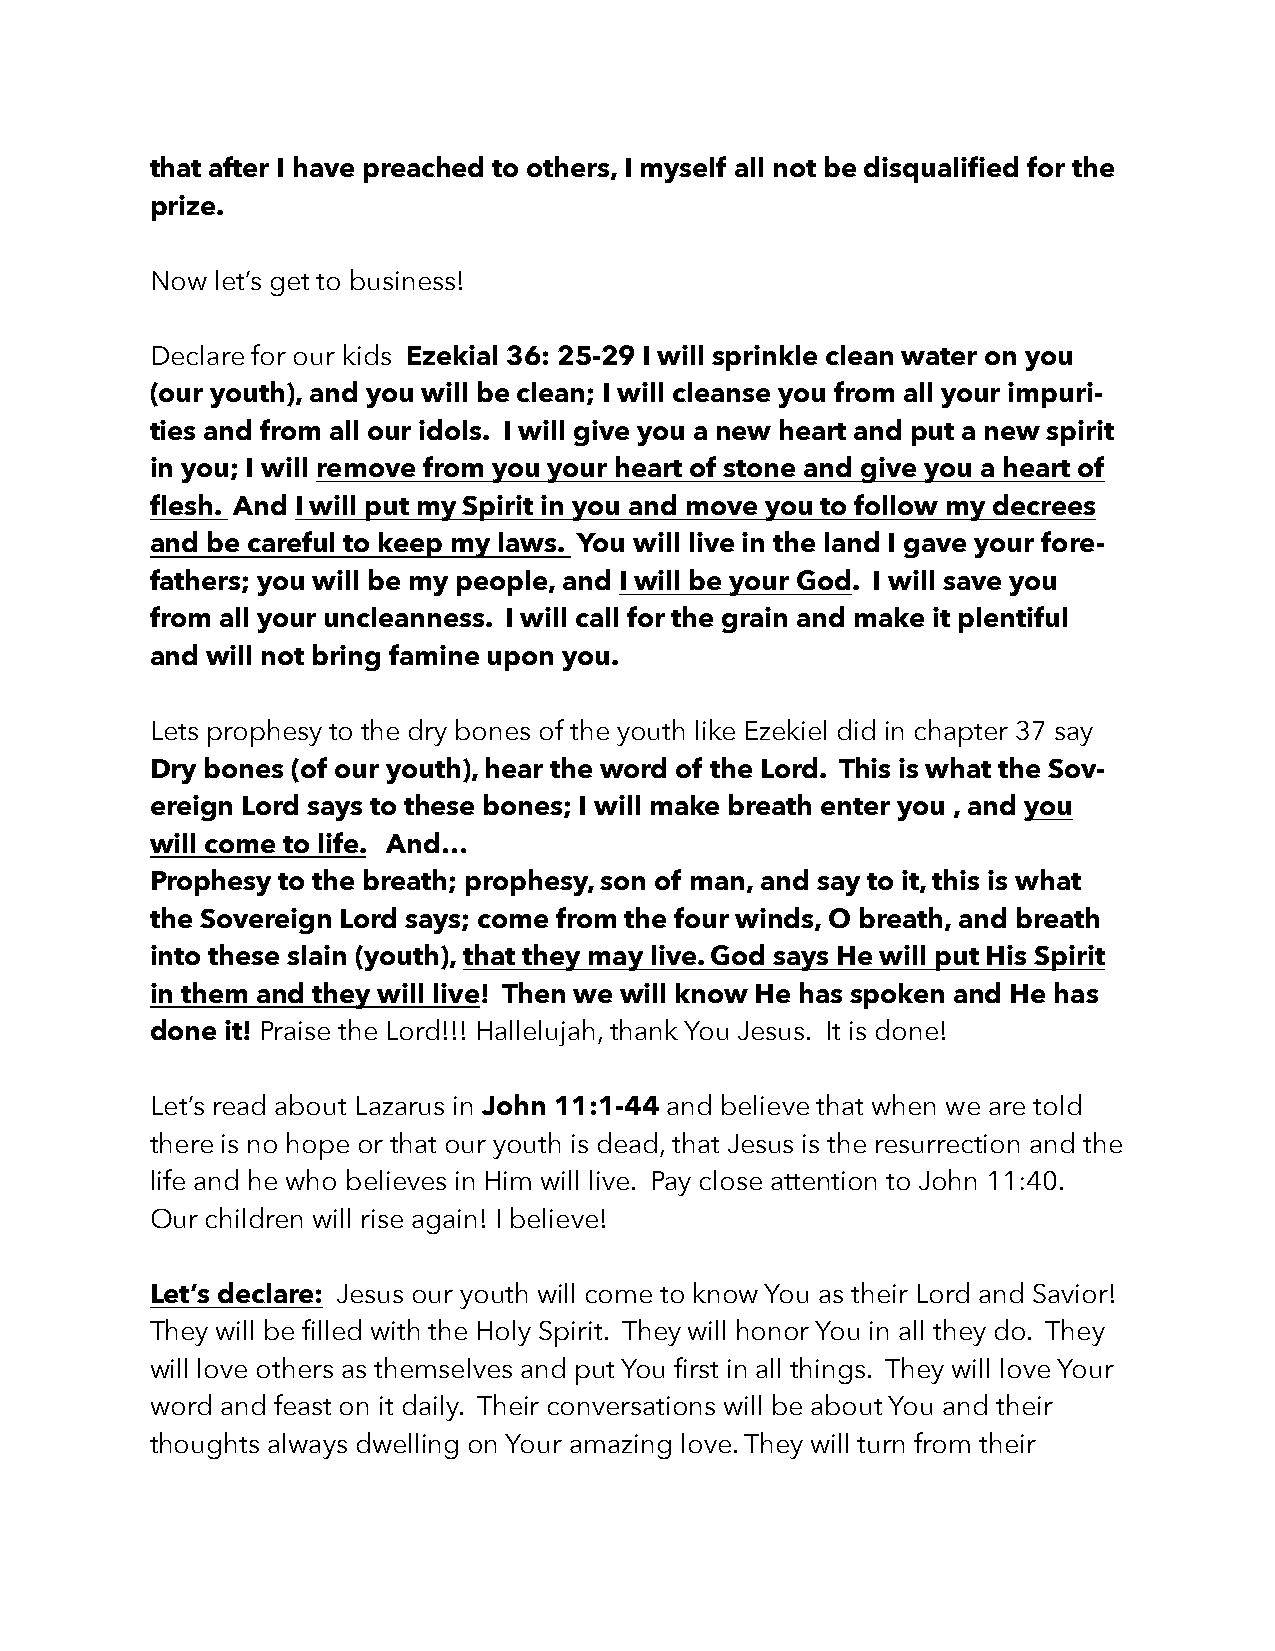
that after I have preached to others, I myself all not be disqualified for the
 prize.
 Now let’s get to business!
 Declare for our kids Ezekial 36: 25-29 I will sprinkle clean water on you
 (our youth), and you will be clean; I will cleanse you from all your impuri-
 ties and from all our idols. I will give you a new heart and put a new spirit
 in you; I will remove from you your heart of stone and give you a heart of
 flesh. And I will put my Spirit in you and move you to follow my decrees
 and be careful to keep my laws. You will live in the land I gave your fore-
 fathers; you will be my people, and I will be your God. I will save you
 from all your uncleanness. I will call for the grain and make it plentiful
 and will not bring famine upon you.
 Lets prophesy to the dry bones of the youth like Ezekiel did in chapter 37 say
 Dry bones (of our youth), hear the word of the Lord. This is what the Sov-
 ereign Lord says to these bones; I will make breath enter you , and you
 will come to life. And…
 Prophesy to the breath; prophesy, son of man, and say to it, this is what
 the Sovereign Lord says; come from the four winds, O breath, and breath
 into these slain (youth), that they may live. God says He will put His Spirit
 in them and they will live! Then we will know He has spoken and He has
 done it! Praise the Lord!!! Hallelujah, thank You Jesus. It is done!
 Let’s read about Lazarus in John 11:1-44 and believe that when we are told
 there is no hope or that our youth is dead, that Jesus is the resurrection and the
 life and he who believes in Him will live. Pay close attention to John 11:40.
 Our children will rise again! I believe!
 Let’s declare: Jesus our youth will come to know You as their Lord and Savior!
 They will be filled with the Holy Spirit. They will honor You in all they do. They
 will love others as themselves and put You first in all things. They will love Your
 word and feast on it daily. Their conversations will be about You and their
 thoughts always dwelling on Your amazing love. They will turn from their